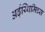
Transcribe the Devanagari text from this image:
अर्ढ़य्थिमिच्स